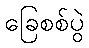
ခြေစစ်ပွဲ